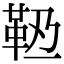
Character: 𩉶